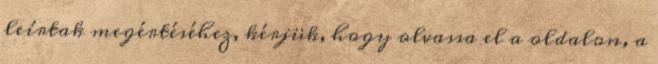
leírtak megértéséhez, kérjük, hogy olvassa el a oldalon, a